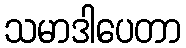
သမာဒါပေတာ